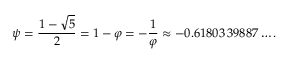
\psi = { \frac { 1 - { \sqrt { 5 } } } { 2 } } = 1 - \varphi = - { \frac { 1 } { \varphi } } \approx - 0 . 6 1 8 0 3 \, 3 9 8 8 7 \ldots .